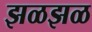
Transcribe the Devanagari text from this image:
झळझळ